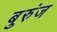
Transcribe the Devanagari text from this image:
बुरुंज